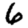
Digit: 6